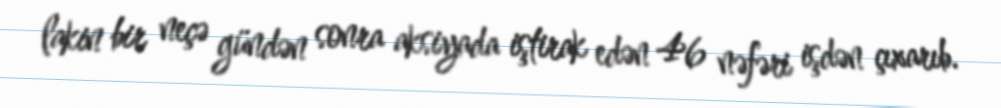
lakin bir neçə gündən sonra aksiyada iştirak edən 46 nəfəri işdən çıxarıb.